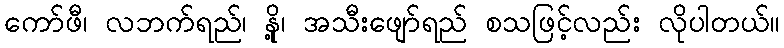
ကော်ဖီ၊ လဘက်ရည်၊ နို့၊ အသီးဖျော်ရည် စသဖြင့်လည်း လိုပါတယ်။